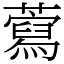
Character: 藛